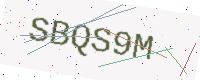
Text: SBQS9M